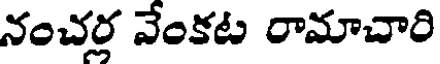
నంచర్ల వేంకట రామాచారి